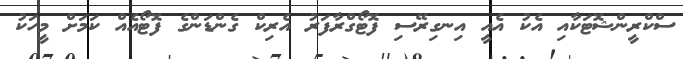
ސްކްރީންޝޮޓަކާއި އެކު އެއީ އިނގިރޭސި ފޮޓޯގްރާފަރު އެރިކް ގެންޑަންގެ ފޮޓޯއެއް ކަމަށް މީހަކު